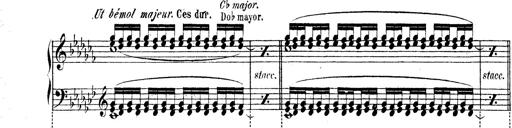
Title: Technische Studien
Composer: Franz Liszt